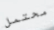
محتمل